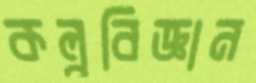
কল্পবিজ্ঞান